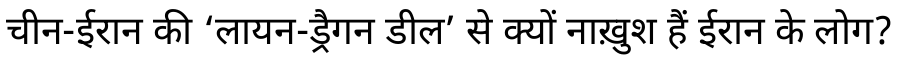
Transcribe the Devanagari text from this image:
चीन-ईरान की ‘लायन-ड्रैगन डील’ से क्यों नाख़ुश हैं ईरान के लोग?